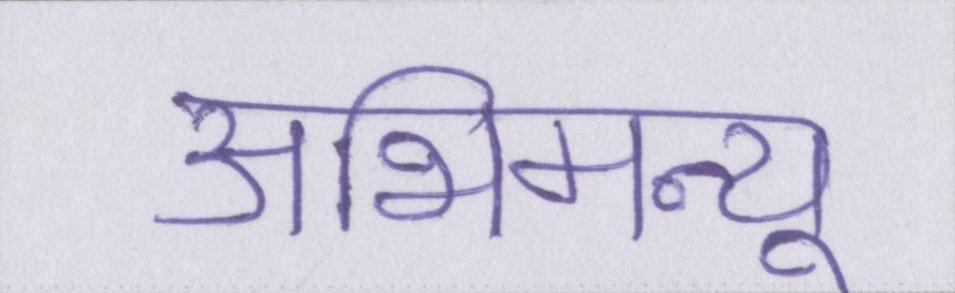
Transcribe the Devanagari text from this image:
अभिमन्यू